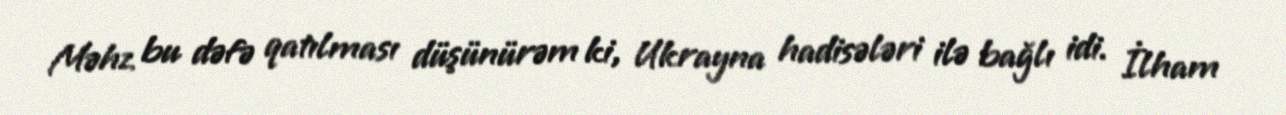
Məhz bu dəfə qatılması düşünürəm ki, Ukrayna hadisələri ilə bağlı idi. İlham